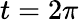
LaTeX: t=2\pi